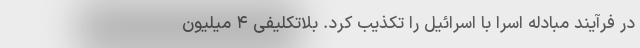
در فرآیند مبادله اسرا با اسرائیل را تکذیب کرد. بلاتکلیفی ۴ میلیون